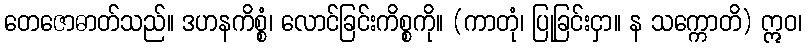
တေဇောဓာတ်သည်။ ဒဟနကိစ္စံ၊ လောင်ခြင်းကိစ္စကို။ (ကာတုံ၊ ပြုခြင်းငှာ။ န သက္ကောတိ) ဣဝ၊